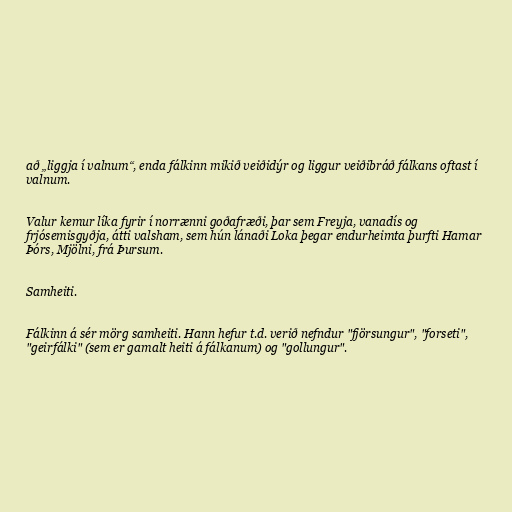
að „liggja í valnum“, enda fálkinn mikið veiðidýr og liggur veiðibráð fálkans oftast í
valnum.

Valur kemur líka fyrir í norrænni goðafræði, þar sem Freyja, vanadís og
frjósemisgyðja, átti valsham, sem hún lánaði Loka þegar endurheimta þurfti Hamar
Þórs, Mjölni, frá Þursum.

Samheiti.

Fálkinn á sér mörg samheiti. Hann hefur t.d. verið nefndur "fjörsungur", "forseti",
"geirfálki" (sem er gamalt heiti á fálkanum) og "gollungur".